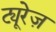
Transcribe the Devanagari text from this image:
ट्यूरेज़